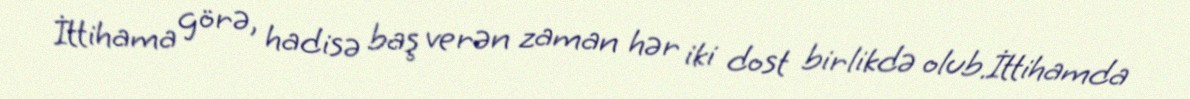
İttihama görə, hadisə baş verən zaman hər iki dost birlikdə olub.İttihamda